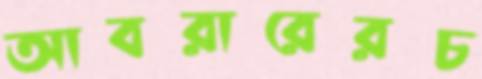
আবরারেরচ